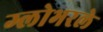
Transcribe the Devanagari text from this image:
ग्लोभरले